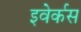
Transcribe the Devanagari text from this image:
इवेर्कस